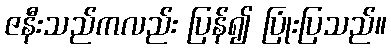
ဇနီးသည်ကလည်း ပြန်၍ ပြုံးပြသည်။